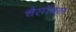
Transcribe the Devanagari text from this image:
चैसॉक्स